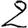
Digit: 2